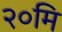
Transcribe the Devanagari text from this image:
२०मि